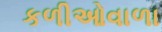
કળીઓવાળા